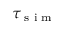
\tau _ { \scriptsize \mathrm { ~ s ~ i ~ m ~ } }